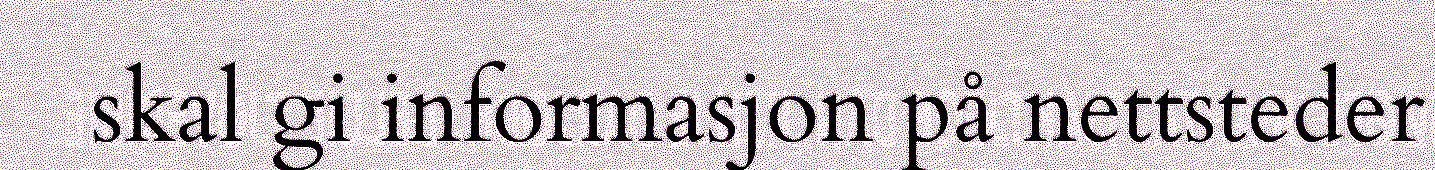
skal gi informasjon på nettsteder